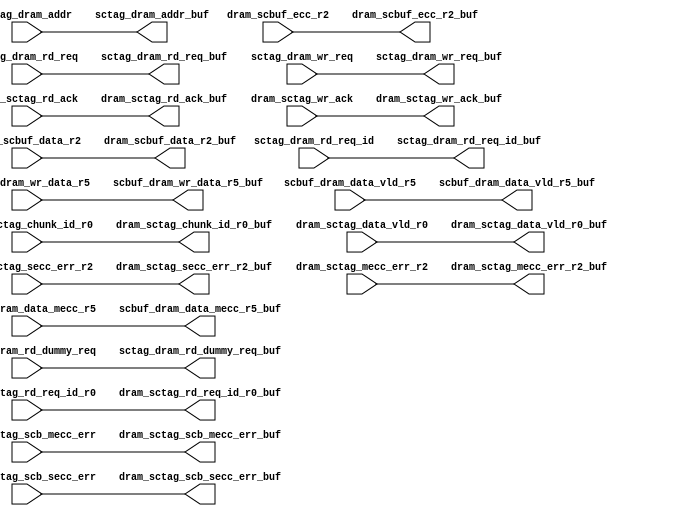
// ========== Copyright Header Begin ==========================================
// 
// OpenSPARC T1 Processor File: dram_sc_2_rep2.v
// Copyright (c) 2006 Sun Microsystems, Inc.  All Rights Reserved.
// DO NOT ALTER OR REMOVE COPYRIGHT NOTICES.
// 
// The above named program is free software; you can redistribute it and/or
// modify it under the terms of the GNU General Public
// License version 2 as published by the Free Software Foundation.
// 
// The above named program is distributed in the hope that it will be 
// useful, but WITHOUT ANY WARRANTY; without even the implied warranty of
// MERCHANTABILITY or FITNESS FOR A PARTICULAR PURPOSE.  See the GNU
// General Public License for more details.
// 
// You should have received a copy of the GNU General Public
// License along with this work; if not, write to the Free Software
// Foundation, Inc., 51 Franklin St, Fifth Floor, Boston, MA 02110-1301, USA.
// 
// ========== Copyright Header End ============================================
module dram_sc_2_rep2(/*AUTOARG*/
   // Outputs
   dram_scbuf_data_r2_buf, dram_scbuf_ecc_r2_buf, 
   scbuf_dram_wr_data_r5_buf, scbuf_dram_data_vld_r5_buf, 
   scbuf_dram_data_mecc_r5_buf, sctag_dram_rd_req_buf, 
   sctag_dram_rd_dummy_req_buf, sctag_dram_rd_req_id_buf, 
   sctag_dram_addr_buf, sctag_dram_wr_req_buf, dram_sctag_rd_ack_buf, 
   dram_sctag_wr_ack_buf, dram_sctag_chunk_id_r0_buf, 
   dram_sctag_data_vld_r0_buf, dram_sctag_rd_req_id_r0_buf, 
   dram_sctag_secc_err_r2_buf, dram_sctag_mecc_err_r2_buf, 
   dram_sctag_scb_mecc_err_buf, dram_sctag_scb_secc_err_buf, 
   // Inputs
   dram_scbuf_data_r2, dram_scbuf_ecc_r2, scbuf_dram_wr_data_r5, 
   scbuf_dram_data_vld_r5, scbuf_dram_data_mecc_r5, 
   sctag_dram_rd_req, sctag_dram_rd_dummy_req, sctag_dram_rd_req_id, 
   sctag_dram_addr, sctag_dram_wr_req, dram_sctag_rd_ack, 
   dram_sctag_wr_ack, dram_sctag_chunk_id_r0, dram_sctag_data_vld_r0, 
   dram_sctag_rd_req_id_r0, dram_sctag_secc_err_r2, 
   dram_sctag_mecc_err_r2, dram_sctag_scb_mecc_err, 
   dram_sctag_scb_secc_err
   );

   // dram-scbuf TOP
   input [127:0]        dram_scbuf_data_r2;
   input [27:0]         dram_scbuf_ecc_r2;
   // BOTTOM
   output [127:0]       dram_scbuf_data_r2_buf;
   output [27:0]        dram_scbuf_ecc_r2_buf;





   // scbuf to dram TOp
   input [63:0]         scbuf_dram_wr_data_r5;
   input                scbuf_dram_data_vld_r5;
   input                scbuf_dram_data_mecc_r5;

   // BOTTOM
   output [63:0]        scbuf_dram_wr_data_r5_buf;
   output               scbuf_dram_data_vld_r5_buf;
   output               scbuf_dram_data_mecc_r5_buf;


    // sctag_dramsctag signals INputs
   // @ the TOp.
   input        sctag_dram_rd_req;
   input        sctag_dram_rd_dummy_req;
   input [2:0]  sctag_dram_rd_req_id;
   input [39:5] sctag_dram_addr;
   input        sctag_dram_wr_req;

   // sctag_dram BOTTOM
   output       sctag_dram_rd_req_buf;
   output       sctag_dram_rd_dummy_req_buf;
   output [2:0] sctag_dram_rd_req_id_buf;
   output [39:5]        sctag_dram_addr_buf;
   output       sctag_dram_wr_req_buf;


// Input pins on top.
input                   dram_sctag_rd_ack;
input                   dram_sctag_wr_ack;
input  [1:0]            dram_sctag_chunk_id_r0;
input                   dram_sctag_data_vld_r0;
input  [2:0]            dram_sctag_rd_req_id_r0;
input                   dram_sctag_secc_err_r2 ;
input                   dram_sctag_mecc_err_r2 ;
input                   dram_sctag_scb_mecc_err;
input                   dram_sctag_scb_secc_err;
// outputs BOTTOM
output                   dram_sctag_rd_ack_buf;
output                   dram_sctag_wr_ack_buf;
output  [1:0]            dram_sctag_chunk_id_r0_buf;
output                   dram_sctag_data_vld_r0_buf;
output  [2:0]            dram_sctag_rd_req_id_r0_buf;
output                   dram_sctag_secc_err_r2_buf ;
output                   dram_sctag_mecc_err_r2_buf ;
output                   dram_sctag_scb_mecc_err_buf;
output                   dram_sctag_scb_secc_err_buf;





// The placement of pins on the top and bottom should be identical to 
// the placement of the data column of pins in dram_l2_buf1.v

assign	dram_scbuf_data_r2_buf = dram_scbuf_data_r2 ;
assign	dram_scbuf_ecc_r2_buf = dram_scbuf_ecc_r2 ;
assign	scbuf_dram_wr_data_r5_buf = scbuf_dram_wr_data_r5 ;
assign	scbuf_dram_data_vld_r5_buf = scbuf_dram_data_vld_r5 ;
assign	scbuf_dram_data_mecc_r5_buf = scbuf_dram_data_mecc_r5 ;

assign  dram_sctag_rd_ack_buf = dram_sctag_rd_ack ;
assign  dram_sctag_wr_ack_buf = dram_sctag_wr_ack ;
assign  dram_sctag_chunk_id_r0_buf = dram_sctag_chunk_id_r0 ;
assign  dram_sctag_data_vld_r0_buf = dram_sctag_data_vld_r0;
assign  dram_sctag_rd_req_id_r0_buf = dram_sctag_rd_req_id_r0;
assign  dram_sctag_secc_err_r2_buf = dram_sctag_secc_err_r2;
assign  dram_sctag_mecc_err_r2_buf = dram_sctag_mecc_err_r2;
assign     dram_sctag_scb_mecc_err_buf = dram_sctag_scb_mecc_err;
assign     dram_sctag_scb_secc_err_buf = dram_sctag_scb_secc_err;

   assign       sctag_dram_rd_req_buf =  sctag_dram_rd_req ;
   assign       sctag_dram_rd_dummy_req_buf = sctag_dram_rd_dummy_req ;
   assign sctag_dram_rd_req_id_buf = sctag_dram_rd_req_id ;
   assign         sctag_dram_addr_buf = sctag_dram_addr ;
   assign       sctag_dram_wr_req_buf = sctag_dram_wr_req ;


endmodule